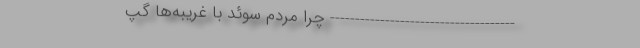
------------------------------------- چرا مردم سوئد‌ با غریبه‌ها گپ